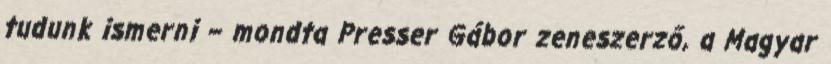
tudunk ismerni – mondta Presser Gábor zeneszerző, a Magyar